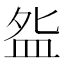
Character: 𰤸